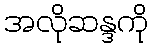
အလိုဆန္ဒကို